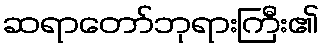
ဆရာတော်ဘုရားကြီး၏